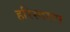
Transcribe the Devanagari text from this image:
हरिस्वरूप